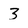
Character: 3